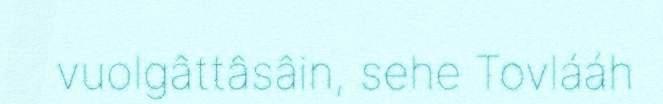
vuolgâttâsâin, sehe Tovlááh